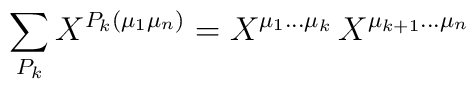
\sum_{P_k} X^{P_k(\mu_1 \mu_n)} = X^{\mu_1\ldots\mu_k} \,                                          X^{\mu_{k+1}\ldots\mu_n}